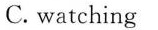
C. watching